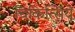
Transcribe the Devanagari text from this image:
चिकित्सिये